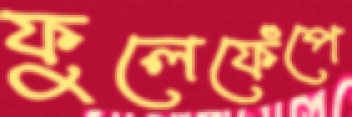
ফুলেফেঁপে